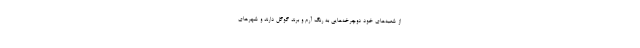
از شعبه‌های خود دوچرخه‌هایی به رنگ آرم و برند گوگل دارند و شهرهای